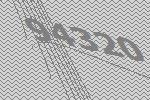
94320